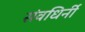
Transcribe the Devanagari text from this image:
संवधिर्नी